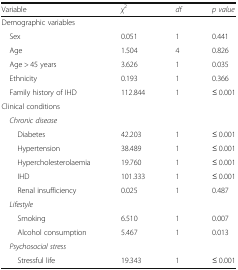
<table><thead><tr><td><b>Variable</b></td><td><b><i>χ</i><sup>2</sup></b></td><td><b><i>df</i></b></td><td><b><i>p value</i></b></td></tr></thead><tbody><tr><td colspan="4">Demographic variables</td></tr><tr><td> Sex</td><td>0.051</td><td>1</td><td>0.441</td></tr><tr><td> Age</td><td>1.504</td><td>4</td><td>0.826</td></tr><tr><td> Age &gt; 45 years</td><td>3.626</td><td>1</td><td>0.035</td></tr><tr><td> Ethnicity</td><td>0.193</td><td>1</td><td>0.366</td></tr><tr><td> Family history of IHD</td><td>112.844</td><td>1</td><td>≤ 0.001</td></tr><tr><td colspan="4">Clinical conditions</td></tr><tr><td colspan="4"> <i>Chronic disease</i></td></tr><tr><td>Diabetes</td><td>42.203</td><td>1</td><td>≤ 0.001</td></tr><tr><td>Hypertension</td><td>38.489</td><td>1</td><td>≤ 0.001</td></tr><tr><td>Hypercholesterolaemia</td><td>19.760</td><td>1</td><td>≤ 0.001</td></tr><tr><td>IHD</td><td>101.333</td><td>1</td><td>≤ 0.001</td></tr><tr><td>Renal insufficiency</td><td>0.025</td><td>1</td><td>0.487</td></tr><tr><td colspan="4"> <i>Lifestyle</i></td></tr><tr><td>Smoking</td><td>6.510</td><td>1</td><td>0.007</td></tr><tr><td>Alcohol consumption</td><td>5.467</td><td>1</td><td>0.013</td></tr><tr><td colspan="4"> <i>Psychosocial stress</i></td></tr><tr><td>Stressful life</td><td>19.343</td><td>1</td><td>≤ 0.001</td></tr></tbody></table>